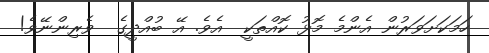
ހަމަކަށަވަރުން އެންމެ މޮޅު ކޮއްތަކީ  އެވެ. އޭ ބުއްދީގެ  ވެރިންނޭވެ!